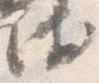
衛